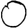
Digit: 0